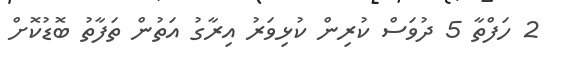
2 ހަފްތާ 5 ދުވަސް ކުރިން ކުޅިވަރު އިރާގު އަތުން ތަފާތު ބޮޑުކޮށް